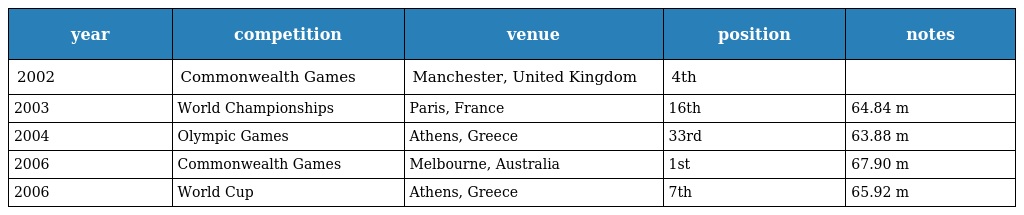
| year | competition | venue | position | notes |
 | --- | --- | --- | --- | --- |
 | 2002 | Commonwealth Games | Manchester, United Kingdom | 4th |  |
 | 2003 | World Championships | Paris, France | 16th | 64.84 m |
 | 2004 | Olympic Games | Athens, Greece | 33rd | 63.88 m |
 | 2006 | Commonwealth Games | Melbourne, Australia | 1st | 67.90 m |
 | 2006 | World Cup | Athens, Greece | 7th | 65.92 m |